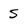
Character: s